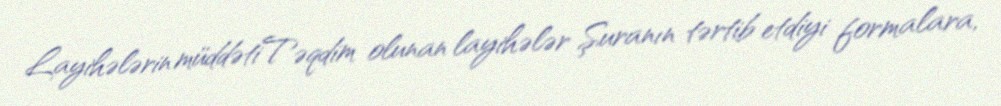
Layihələrin müddətiTəqdim olunan layihələr Şuranın tərtib etdiyi formalara,